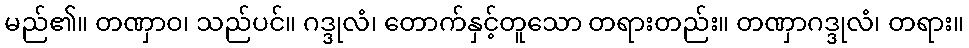
မည်၏။ တဏှာဝ၊ သည်ပင်။ ဂဒ္ဒုလံ၊ တောက်နှင့်တူသော တရားတည်း။ တဏှာဂဒ္ဒုလံ၊ တရား။